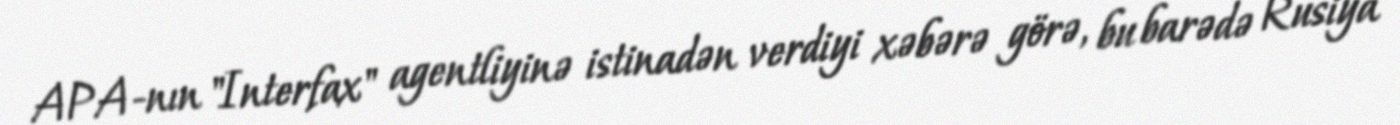
APA-nın "Interfax" agentliyinə istinadən verdiyi xəbərə görə, bu barədə Rusiya